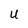
Character: U